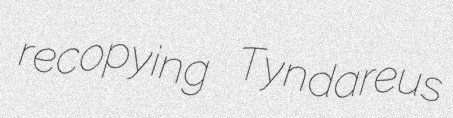
recopying Tyndareus